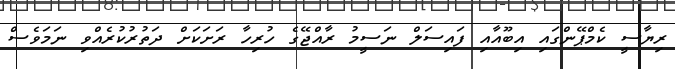
ރިޔާސީ ކެމްޕޭންގައި އިބޫއާއި ފައިސަލް ނަސީމު ރާއްޖޭގެ ހުރިހާ ރަށަކަށް ދަތުރުކުރެއްވި ނަމަވެސް